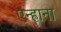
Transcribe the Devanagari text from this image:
एन्हाना